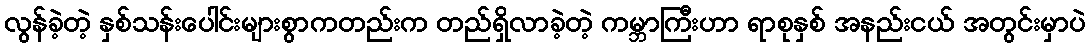
လွန်ခဲ့တဲ့ နှစ်သန်းပေါင်းများစွာကတည်းက တည်ရှိလာခဲ့တဲ့ ကမ္ဘာကြီးဟာ ရာစုနှစ် အနည်းငယ် အတွင်းမှာပဲ